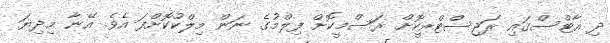
ދި އާޓްސްގައި ރަޖިސްޓްރީކޮށް ރަސްމީކޮށް ފިލްމުގެ ނަން މިލްކުކޮށްފަ އެވެ. އޭނާ މިދިޔަ